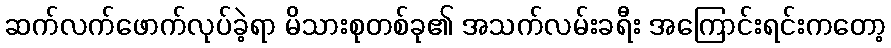
ဆက်လက်ဖောက်လုပ်ခဲ့ရာ မိသားစုတစ်ခု၏ အသက်လမ်းခရီး အကြောင်းရင်းကတော့